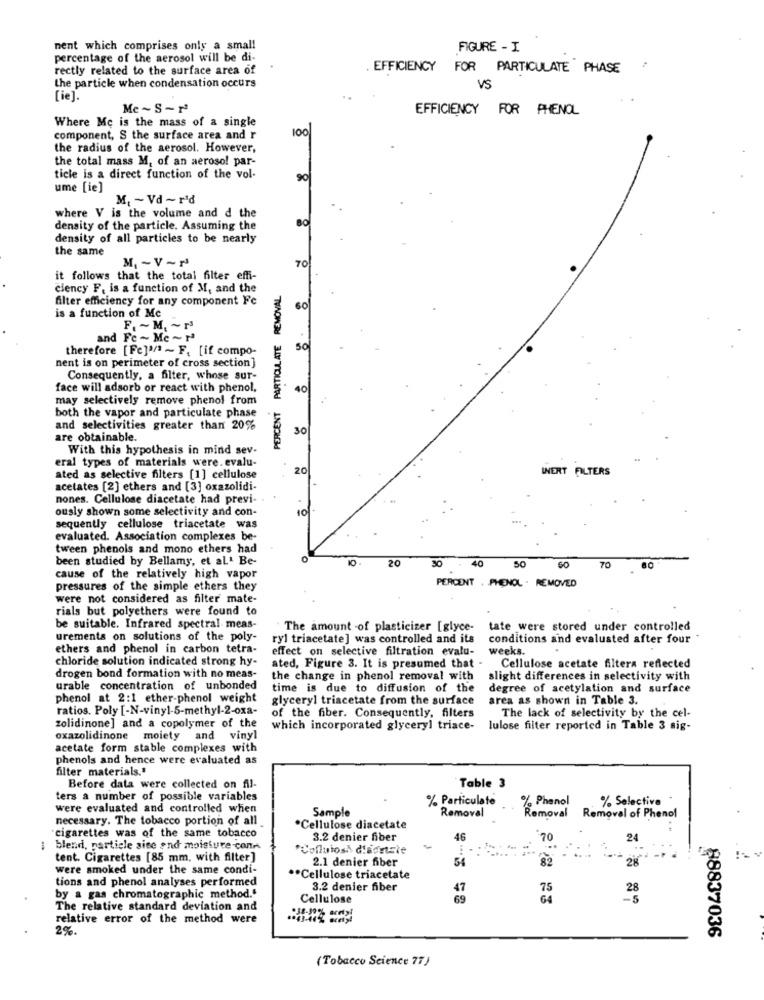
nent which comprises only a small
FIGURE - I.
percentage of the aerosol will be di-
rectly related to the surface area of
. EFFICIENCY FOR PARTICULATE PHASE
the particle when condensation occurs
VS
(ie].
Me~S-r
EFFICIENCY FOR PHENOL
Where Mc is the mass of a single
100
component, S the surface area and r
the radius of the aerosol. However,
the total mass M, of an aeroso! par-
ticle is a direct function of the vol-
90
ume [ie]
M. ~ Vd ~ rid
where V is the volume and d the
density of the particle. Assuming the
density of all particles to be nearly
the same
M. - V-N
70
it follows that the total filter effi-
ciency F. is a function of M, and the
PERCENT PARTICULATE REMOVAL
filter efficiency for any component Fe
60
is a function of Me
F. ~ M. ~ 1
and Fc ~ Mc ~N
therefore [Fe]'/ ~ F. [if compo-
50
nent is on perimeter of cross section]
Consequently, a filter, whose sur-
face will adsorb or react with phenol,
40
may selectively remove phenol from
both the vapor and particulate phase
and selectivities greater than 20%
30
are obtainable.
With this hypothesis in mind sev-
eral types of materials were. evalu-
20
INERT FILTERS
ated as selective filters [1] cellulose
acetates [2] ethers and [3] oxazolidi-
nones. Cellulose diacetate had previ-
ously shown some selectivity and con-
10
sequently cellulose triacetate was
evaluated. Association complexes be-
tween phenols and mono ethers had
been studied by Bellamy, et aL' Be-
20
30
40
50
70
80
cause of the relatively high vapor
pressures of the simple ethers they
PERCENT . PHENOL . REMOVED
were not considered as filter mate-
rials but polyethers were found to
be suitable. Infrared spectral meas-
The amount -of plasticizer [glyce-
tate were stored under controlled
urements on solutions of the poly-
ryl triacetate] was controlled and its
conditions and evalusted after four
ethers and phenol in carbon tetra-
effect on selective filtration evalu-
weeks.
chloride solution indicated strong hy-
ated, Figure 3. It is presumed that - Cellulose acetate filters reflected
drogen bond formation with no meas-
the change in phenol removal with
slight differences in selectivity with
urable concentration of unbonded
time is due to diffusion of the
degree of acetylation and surface
phenol at 2:1 ether-phenol weight
glyceryl triacetate from the surface
area as shown in Table 3.
ratios. Poly [-N-vinyl-5-methyl-2-oxa-
of the fiber. Consequently, filters
The lack of selectivity by the cel-
zolidinone] and a copolymer of the
which incorporated glyceryl triace-
lulose filter reported in Table 3 sig-
oxazolidinone moiety and vinyl
acetate form stable complexes with
phenols and hence were evaluated as
filter materials."
Before data were collected on Al-
Table 3
ters a number of possible variables
% Particulate
% Phenol
% Selective
were evaluated and controlled when
Sample
necessary. The tobacco portion of all
Removal
Removal
Removal of Phenol
*Cellulose diacetate
"cigarettes was of the same tobacco
3.2 denier fiber
46
70
24
blend, particle aise and moisture -cone
Cofluioss d'sonsie
tent. Cigarettes [85 mm, with filter]
2.1 denier fiber
54
82
28
were smoked under the same condi-
tions and phenol analyses performed
** Cellulose triacetate
3.2 denier fiber
47
75
28
by a gas chromatographic method."
Cellulose
69
64
-5
The relative standard deviation and
relative error of the method were
2%.
88837036
(Tobacco Science 77 )